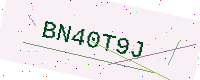
Text: BN40T9J